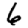
Digit: 6